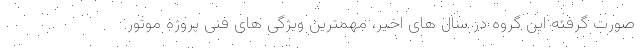
صورت گرفته این گروه در سال های اخیر، مهمترین ویژگی های فنی پروژه موتور